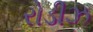
રોડીઝ